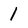
Character: 1